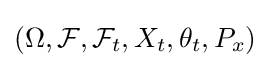
(\Omega ,{\mathcal {F}},{\mathcal {F}}_{t},X_{t},\theta _{t},P_{x})